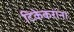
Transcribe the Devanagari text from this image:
टिकेकरांना